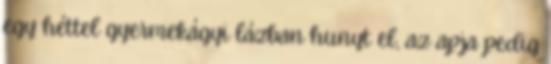
egy héttel gyermekágyi lázban hunyt el, az apja pedig